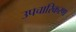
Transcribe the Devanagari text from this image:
उपचारिकरण